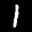
Label: 1